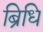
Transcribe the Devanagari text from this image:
ब्रिधि